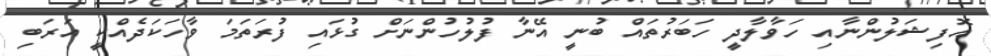
އޮފިޝަލުންނާއި ހަވާލާދީ ހަބަރުތައް ބުނީ އޭނާ ފުލުހުންނަށް ގުޅައި ފުރަތަމަ ވާހަކަދެއްކީ އަރަބި